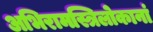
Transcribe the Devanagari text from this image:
अभिरामस्त्रिलोकानां